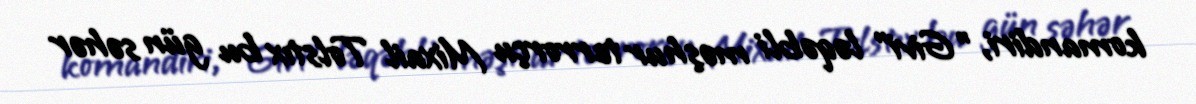
komandiri, "Givi" ləqəbli məşhur terrorçu Mixail Tolstıx bu gün səhər